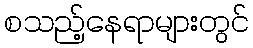
စသည့်နေရာများတွင်